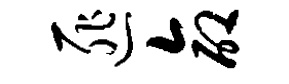
匪命